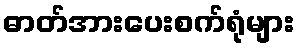
ဓာတ်အားပေးစက်ရုံများ